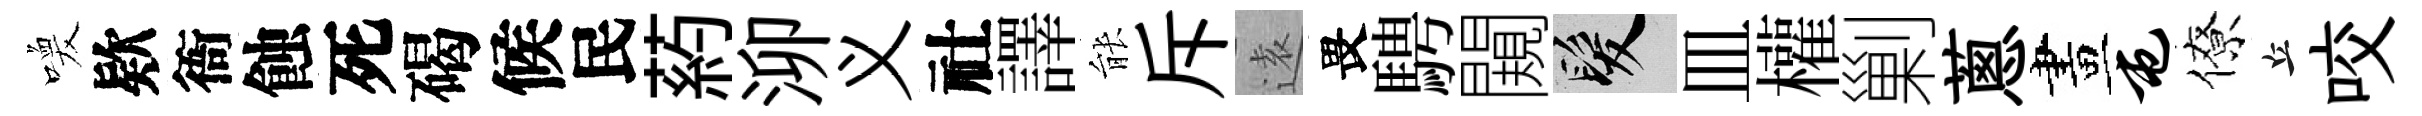
喚欵衙蝕死碣候民葯泖义社譯䏻斥逺畏騁闚髮皿權剿蔥畫屯僚丘咬